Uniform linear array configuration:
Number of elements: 48
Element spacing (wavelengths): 0.75
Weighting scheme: binomial
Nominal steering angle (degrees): -15
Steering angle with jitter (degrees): -13.32
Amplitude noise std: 0.05
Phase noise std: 0.05

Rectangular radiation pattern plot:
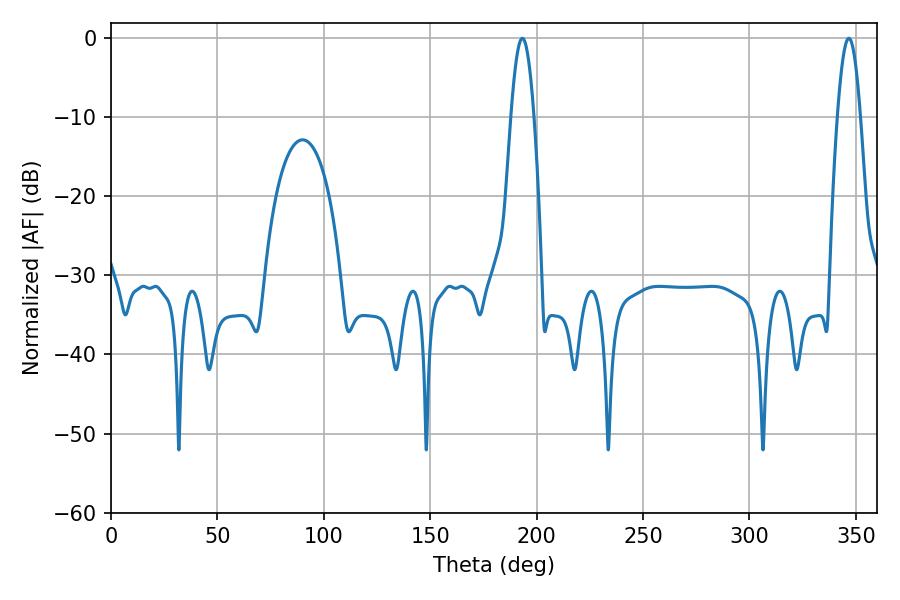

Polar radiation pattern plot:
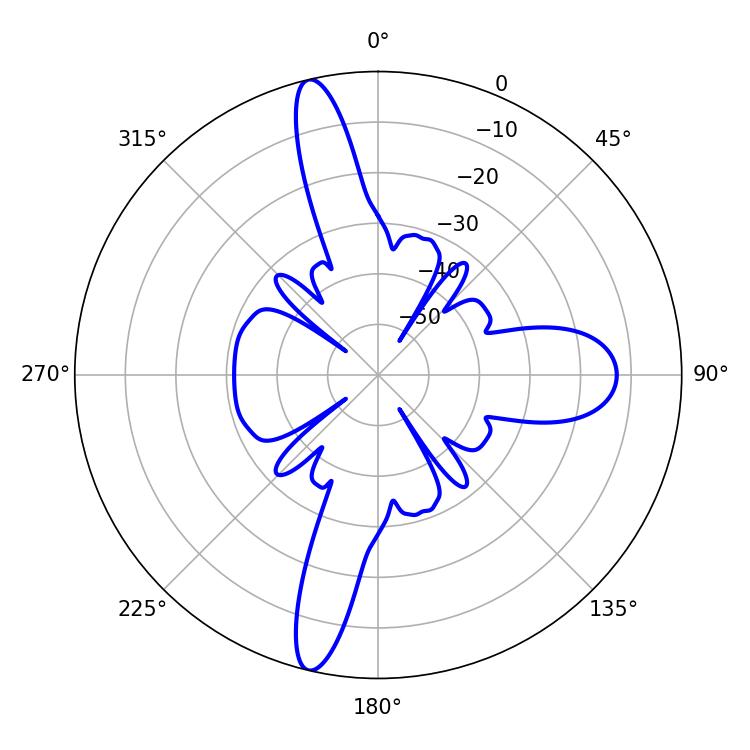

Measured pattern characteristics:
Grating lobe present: TRUE
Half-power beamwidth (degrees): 5.76
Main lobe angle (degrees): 193.32